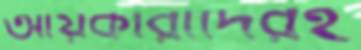
আয়কারীদেরই